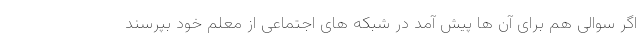
اگر سوالی هم برای آن ها پیش آمد در شبکه های اجتماعی از معلم خود بپرسند